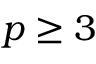
p \ge 3